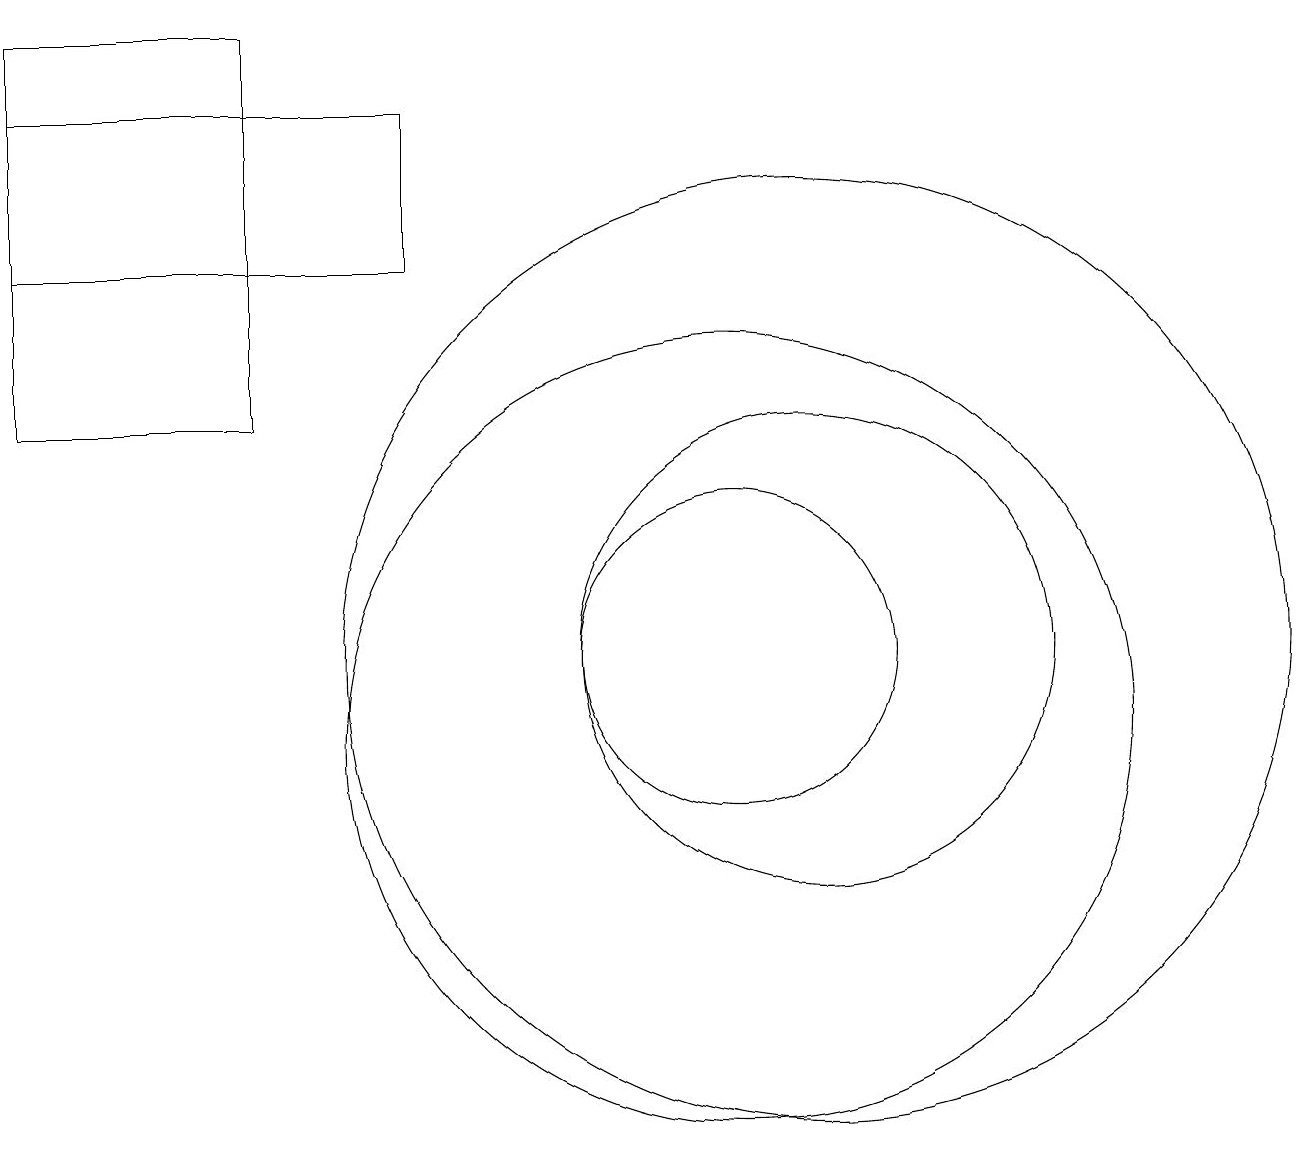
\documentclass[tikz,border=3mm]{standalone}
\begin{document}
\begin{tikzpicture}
\draw (1,19) rectangle (4,14);
\draw (10,10) circle (5);
\draw (11,11) circle (6);
\draw (10,11) circle (2);
\draw (12,10) circle (0);
\draw (11,11) circle (3);
\draw (1,16) rectangle (6,18);
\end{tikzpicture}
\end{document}